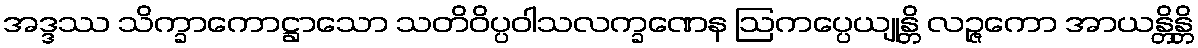
အဒ္ဒဿ သိက္ခာကောဋ္ဌာသော သတိဝိပ္ပဝါသလက္ခဏေန ဩကပ္ပေယျုန္တိ လဉ္ဇကော အာယန္တိန္တိ